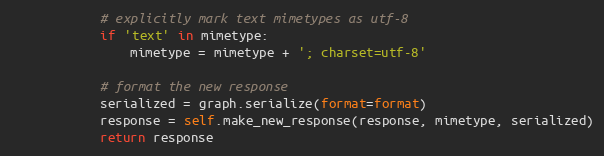
Language: Python
			# explicitly mark text mimetypes as utf-8
			if 'text' in mimetype:
				mimetype = mimetype + '; charset=utf-8'

			# format the new response
			serialized = graph.serialize(format=format)
			response = self.make_new_response(response, mimetype, serialized)
			return response